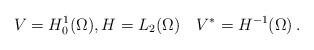
LaTeX: \begin{gather*} V = H_0^1(\Omega), H= L_2(\Omega) \quad V^* = H^{-1}(\Omega)\,.\end{gather*}